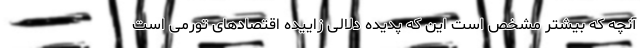
آنچه که بیشتر مشخص است این که پدیده دلالی زاییده اقتصادهای تورمی است